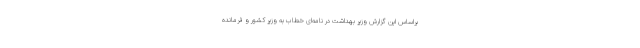
براساس این گزارش وزیر بهداشت در نامه‌ای خطاب به وزیر کشور و فرمانده